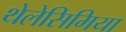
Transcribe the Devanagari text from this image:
थेलेसिमिया